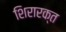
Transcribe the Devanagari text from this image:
शिरारक्त